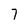
Character: 7